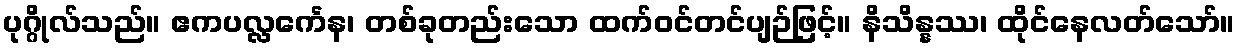
ပုဂ္ဂိုလ်သည်။ ဧကပလ္လင်္ကေန၊ တစ်ခုတည်းသော ထက်ဝင်တင်ပျဉ်ဖြင့်။ နိသိန္နဿ၊ ထိုင်နေလတ်သော်။